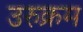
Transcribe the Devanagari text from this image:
उरुक्रम